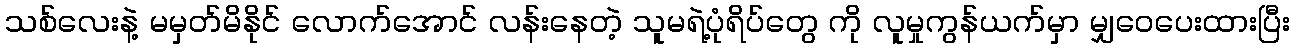
သစ်လေးနဲ့ မမှတ်မိနိုင် လောက်အောင် လန်းနေတဲ့ သူမရဲ့ပုံရိပ်တွေ ကို လူမှုကွန်ယက်မှာ မျှဝေပေးထားပြီး